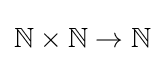
\mathbb {N} \times \mathbb {N} \to \mathbb {N}